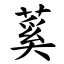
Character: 蒵